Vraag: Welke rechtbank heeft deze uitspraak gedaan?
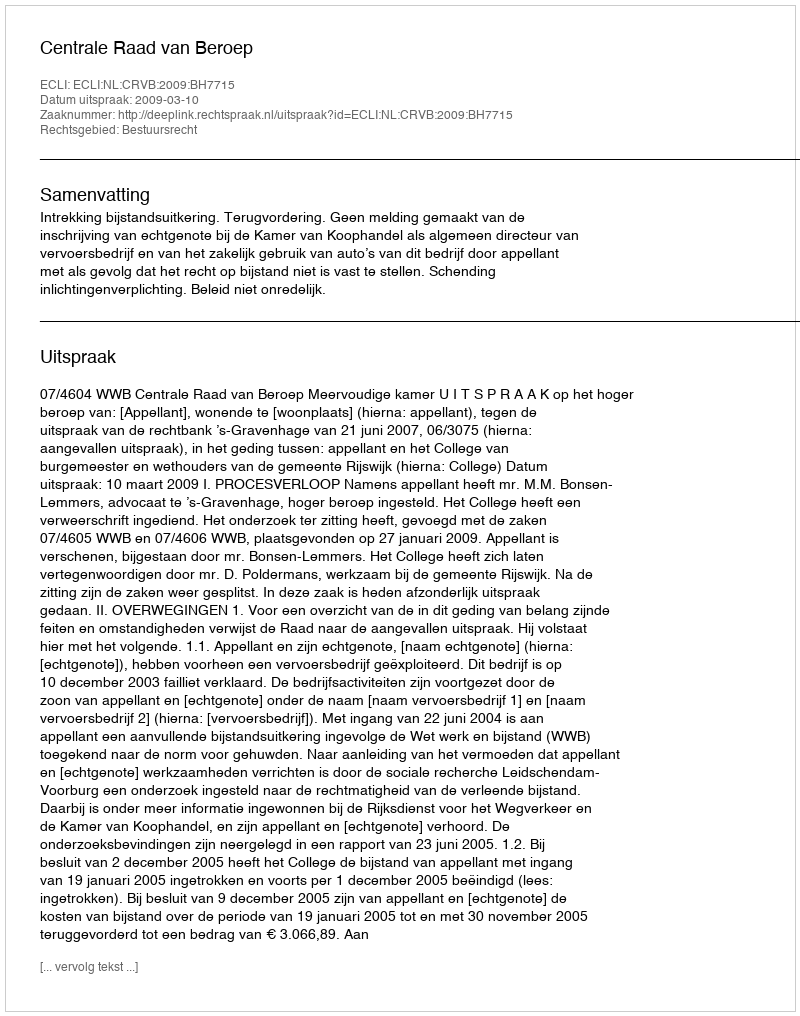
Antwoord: Centrale Raad van Beroep